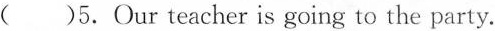
( )5.Our teacher is going to the party.